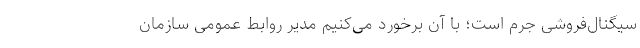
سیگنال‌فروشی جرم است؛ با آن برخورد می‌کنیم مدیر روابط عمومی سازمان